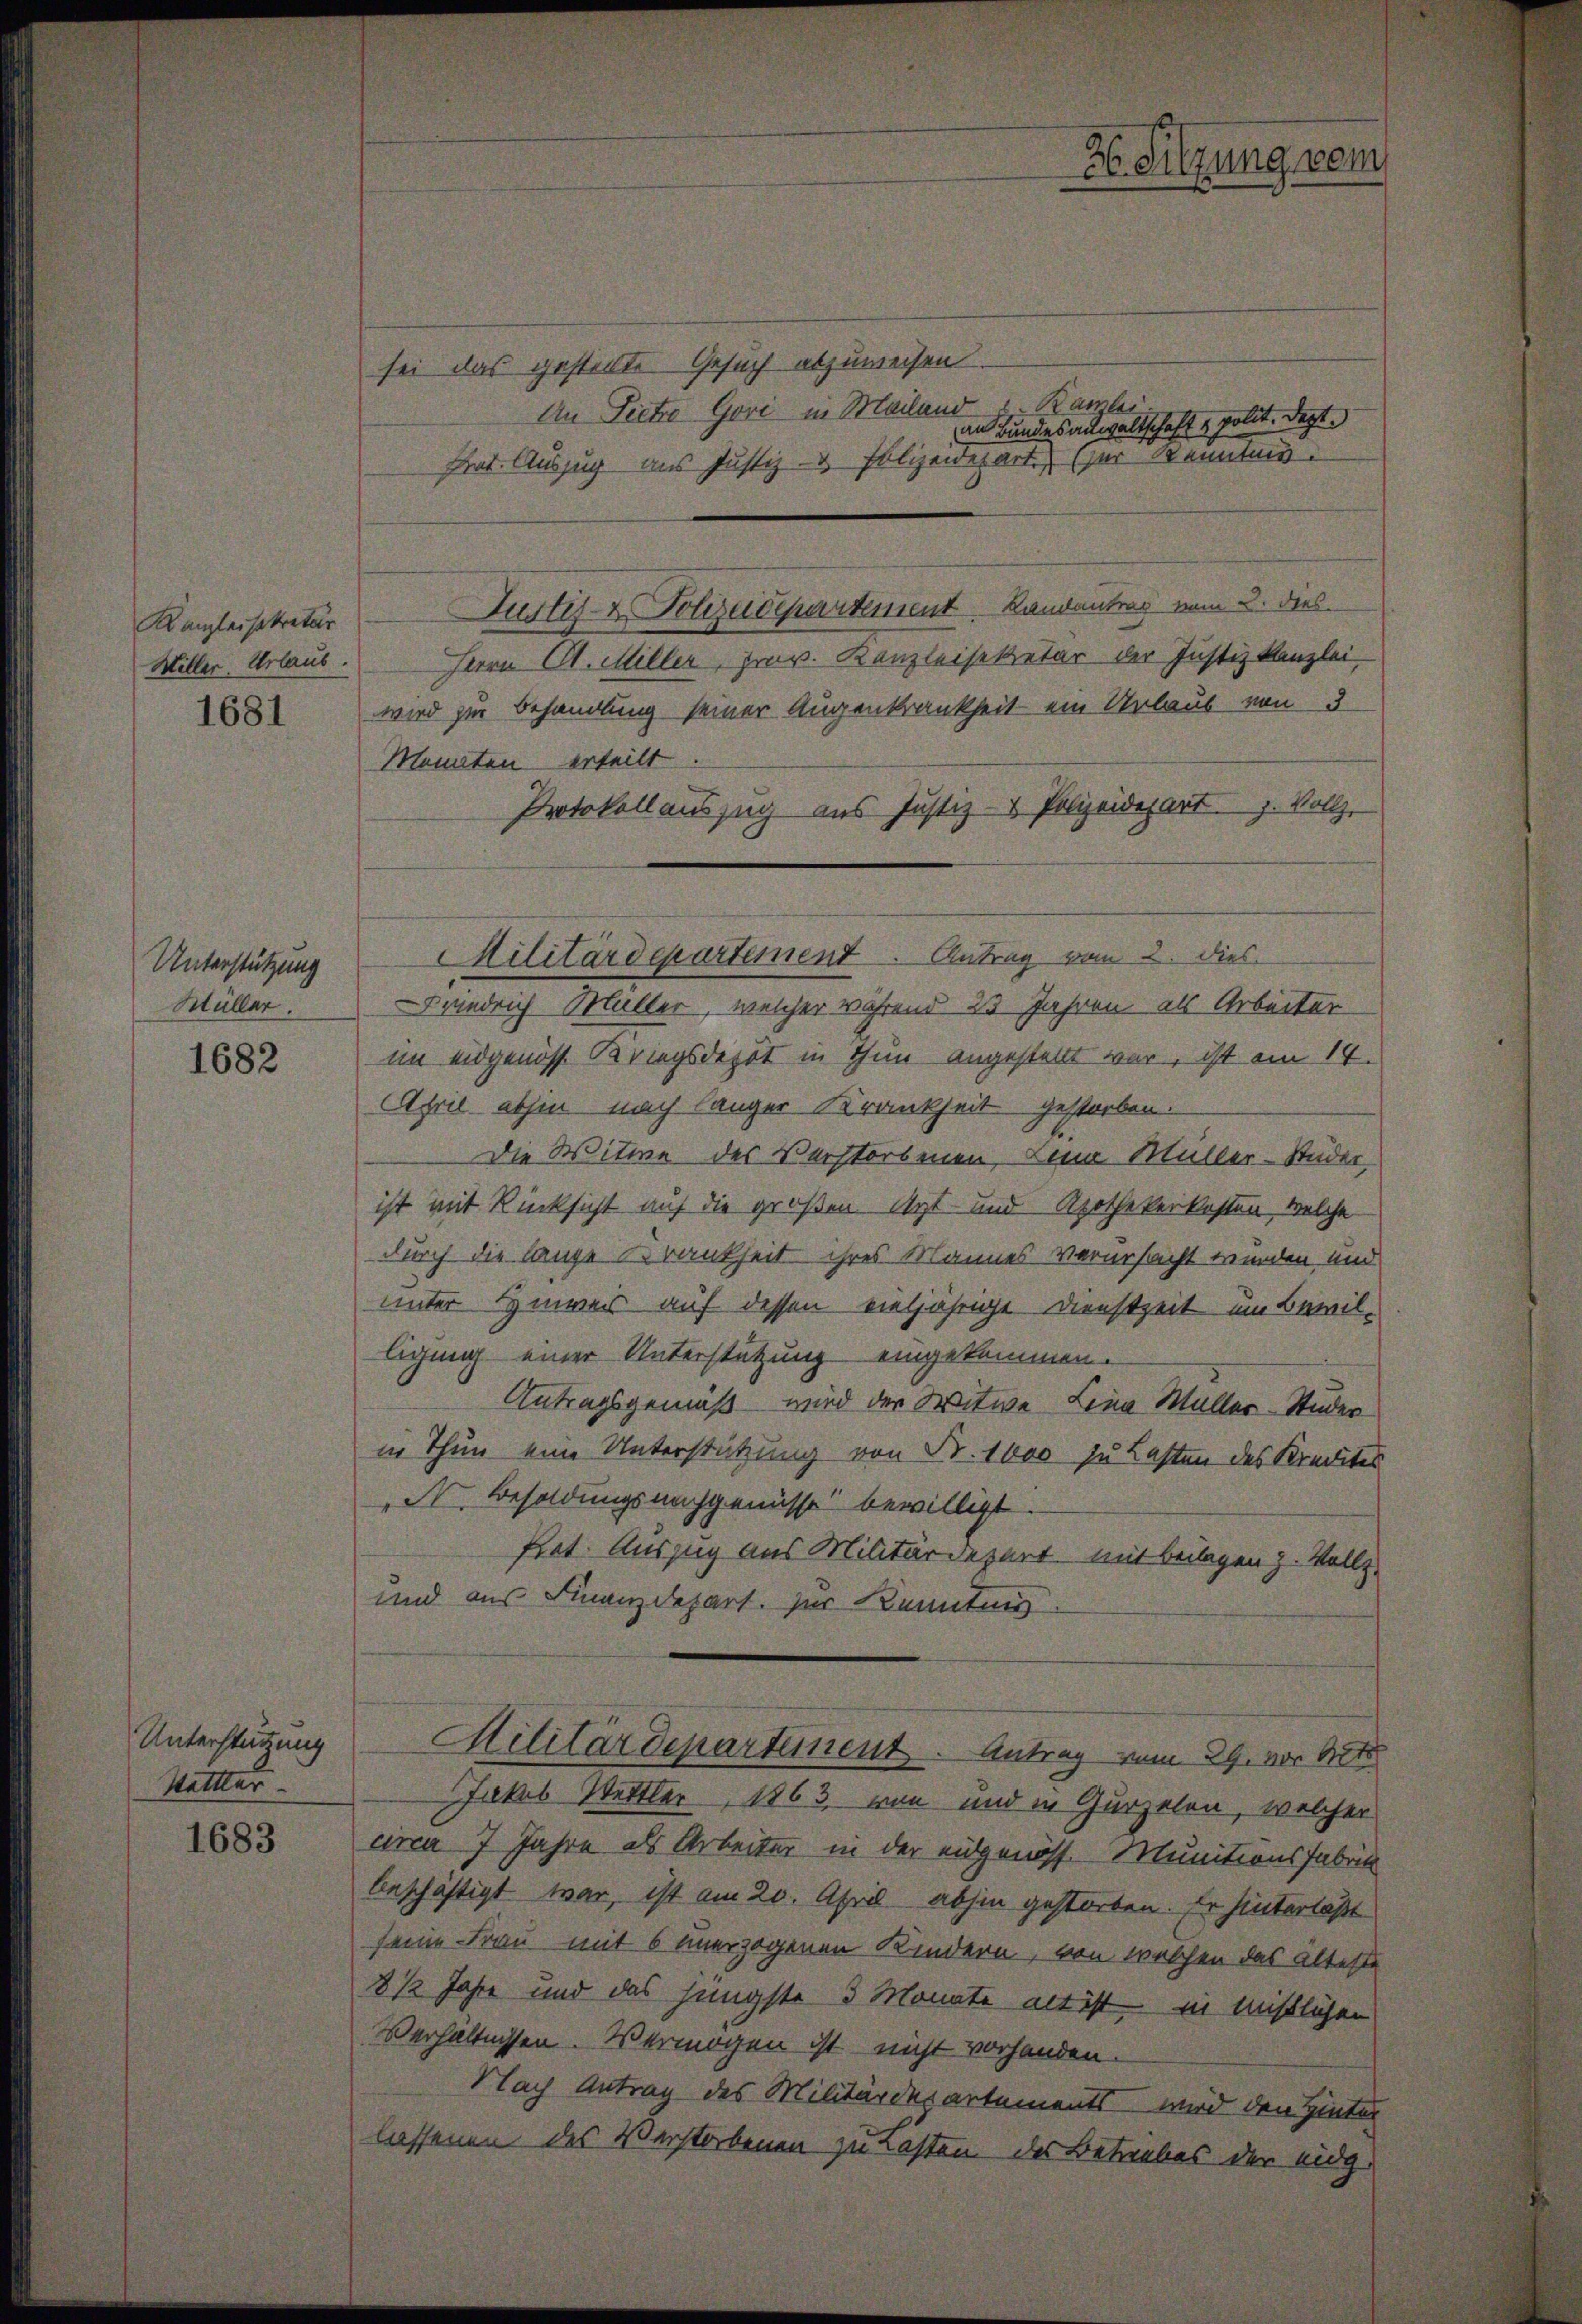
Kanzleisekretär
Miller. Urlaub.

1681

Unterstützung
Müller.

1682

Unterstützung
Mettler

1683

sei das gestellte Gesuch abzuweisen.
An Pietro Gori in Mailand u. Ramlei
shat. Auszug aus Justiz- & Polizeidepart (ser Kennten
Herrn St. Miller, Hrn. Kanzleisekretär der Justizkanzlei,
wird zur Behandlung seiner Augenkrankheit ein Urlaub von 3
Monaten erteilt
Protokollauszug aus Justiz- & Polizeidepart z. Vollz

Justiz- & Polizeidepartement. Landantrag vom 2. dies

riedrich Müller, welcher während 23 Jahren, als Arbeiter
im eidgenoss Kriegsdepot in Thun angestellt war, ist am 14.
April abhin nach langer Krankheit gestorben.
Die Witwe des Verstorbenen. Zum Müller-Studer,
ist mit Rücksicht auf die großen Arzt- und Apothekerkosten, welche
durch die lange Krankheit ihres Mannes verursacht wurden ein
unter Hinwer auf dessen vieljährige Dienstzeit ein Bewil-
ligung einer Unterstützung eingekommen.
Antragsgemäß wird der Witwe Lina Müller-Studer
in Thun eine Unterstützung von Fr. 1000 zu Lasten des Kredite
N. Besoldungsnachgenusse bewilligt.
fiet. Auszug aus Militärdepart mit Beilagen z. Vollz
und aus Finanzdepart zur Kennting
Militärdepartement. Antrag vom 29. vor Art
Jakob Wettler, 1863, von und in Gurzelen, welcher
circa 7 Jahre als Arbeiter in der eidgenöss. Munitionsfabrik
Aeschäftigt war, ist am 20. April abhin gestorben. Er hinterläßt
seine Frau mit 6 unerzogenen Kindern, von welchen das älteste
8 ½ Jahre und das jüngste 3 Monate alt ist in mislichen
Verhältnissen. Vermögen ist nicht vorhanden.
Nach Antrag des Militärderartements wird den Hinter
lassenen des Verstorbenen zu Lasten des Betriebes der eidg.

an Bundesanwaltschaft u. polit. Dezt.

Militärdepartement. Antrag vom 2. Dies

H Sitzung vom